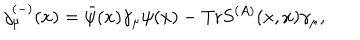
j _ { \mu } ^ { ( - ) } ( x ) = \bar { \psi } ( x ) \gamma _ { \mu } \psi ( x ) - \mathrm { T r } S ^ { ( A ) } ( x , x ) \gamma _ { \mu } ,